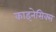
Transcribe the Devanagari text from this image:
काइनेसिक्स